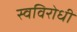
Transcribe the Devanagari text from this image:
स्वविरोधी